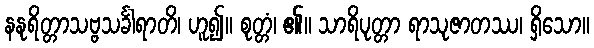
နနုရိတ္တာသဗ္ဗသင်္ခါရာတိ၊ ဟူ၍။ စုတ္တံ၊ ၏။ သာရိပုတ္တာ ရာသုဇာတဿ၊ ရှိသော။